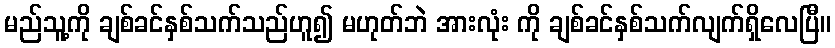
မည်သူ့ကို ချစ်ခင်နှစ်သက်သည်ဟူ၍ မဟုတ်ဘဲ အားလုံး ကို ချစ်ခင်နှစ်သက်လျက်ရှိလေပြီ။